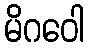
မိဂဝေါ